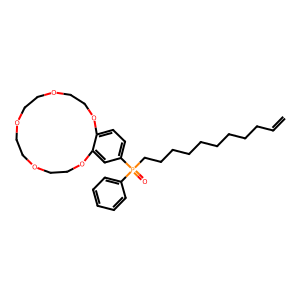
SMILES: C=CCCCCCCCCCP(=O)(c1ccccc1)c1ccc2c(c1)OCCOCCOCCOCCO2
Inhibits HIV replication: No